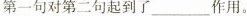
第一句对第二句起到了______作用。